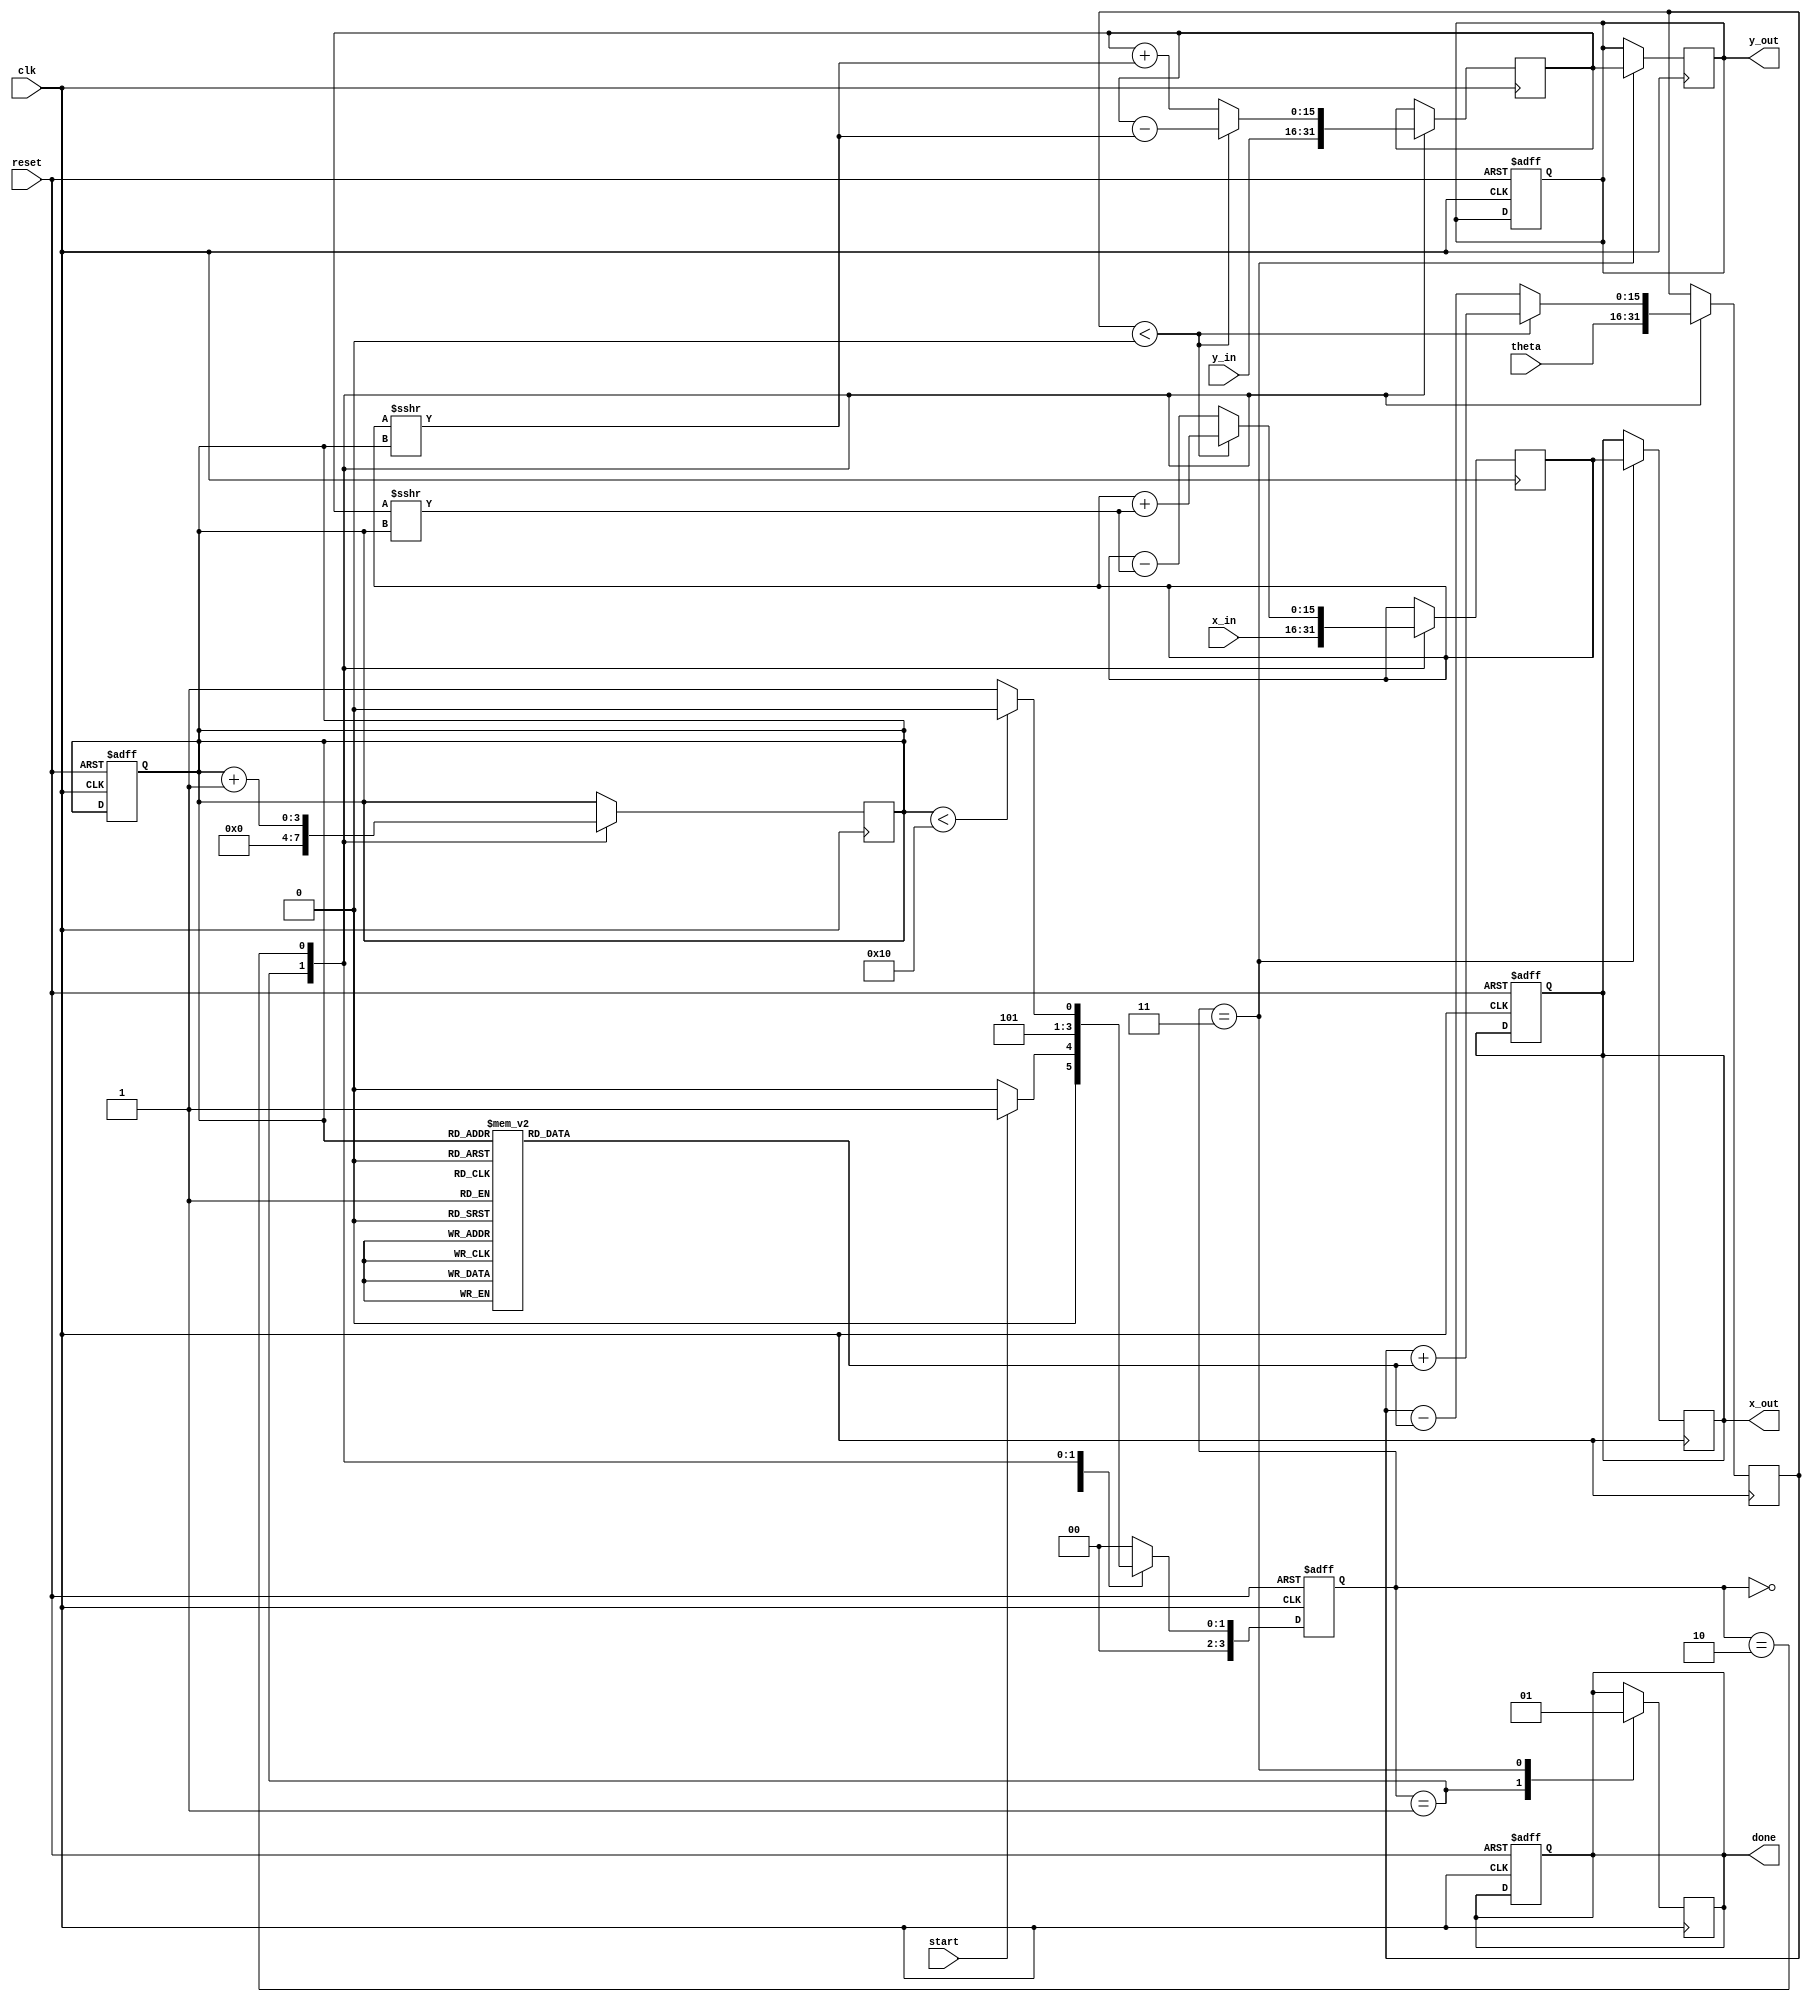
module cordic_2d (
    input wire clk,
    input wire reset,
    input wire start,
    input wire signed [15:0] x_in,
    input wire signed [15:0] y_in,
    input wire signed [15:0] theta,
    output reg signed [15:0] x_out,
    output reg signed [15:0] y_out,
    output reg done
);

    // CORDIC parameters
    parameter NUM_ITERATIONS = 16;
    reg signed [15:0] angle_table [0:NUM_ITERATIONS-1];
    reg signed [15:0] x_reg, y_reg, z_reg;
    reg [3:0] state, next_state;
    reg [3:0] iteration_count;

    // State definitions
    localparam IDLE = 4'b0000;
    localparam INIT = 4'b0001;
    localparam PROCESS = 4'b0010;
    localparam DONE = 4'b0011;

    // Initialize angle table (arctan values)
    initial begin
        angle_table[0] = 16'h2000; // atan(2^-0)
        angle_table[1] = 16'h199A; // atan(2^-1)
        angle_table[2] = 16'h1333; // atan(2^-2)
        angle_table[3] = 16'h0FFC; // atan(2^-3)
        angle_table[4] = 16'h0666; // atan(2^-4)
        angle_table[5] = 16'h03B6; // atan(2^-5)
        angle_table[6] = 16'h01FE; // atan(2^-6)
        angle_table[7] = 16'h00FF; // atan(2^-7)
        angle_table[8] = 16'h007F; // atan(2^-8)
        angle_table[9] = 16'h003F; // atan(2^-9)
        angle_table[10] = 16'h001F; // atan(2^-10)
        angle_table[11] = 16'h000F; // atan(2^-11)
        angle_table[12] = 16'h0007; // atan(2^-12)
        angle_table[13] = 16'h0003; // atan(2^-13)
        angle_table[14] = 16'h0001; // atan(2^-14)
        angle_table[15] = 16'h0000; // atan(2^-15)
    end

    // State machine for CORDIC operation
    always @(posedge clk or posedge reset) begin
        if (reset) begin
            state <= IDLE;
            done <= 0;
            iteration_count <= 0;
            x_out <= 0;
            y_out <= 0;
        end else begin
            state <= next_state;
        end
    end

    // Next state logic
    always @(*) begin
        case (state)
            IDLE: begin
                if (start) begin
                    next_state = INIT;
                end else begin
                    next_state = IDLE;
                end
            end
            INIT: begin
                next_state = PROCESS;
            end
            PROCESS: begin
                if (iteration_count < NUM_ITERATIONS) begin
                    next_state = PROCESS;
                end else begin
                    next_state = DONE;
                end
            end
            DONE: begin
                next_state = IDLE;
            end
            default: next_state = IDLE;
        endcase
    end

    // CORDIC processing logic
    always @(posedge clk) begin
        case (state)
            INIT: begin
                x_reg <= x_in;
                y_reg <= y_in;
                z_reg <= theta;
                iteration_count <= 0;
                done <= 0;
            end
            PROCESS: begin
                if (z_reg < 0) begin
                    x_reg <= x_reg + (y_reg >>> iteration_count);
                    y_reg <= y_reg - (x_reg >>> iteration_count);
                    z_reg <= z_reg + angle_table[iteration_count];
                end else begin
                    x_reg <= x_reg - (y_reg >>> iteration_count);
                    y_reg <= y_reg + (x_reg >>> iteration_count);
                    z_reg <= z_reg - angle_table[iteration_count];
                end
                iteration_count <= iteration_count + 1;
            end
            DONE: begin
                x_out <= x_reg;
                y_out <= y_reg;
                done <= 1;
            end
        endcase
    end

endmodule